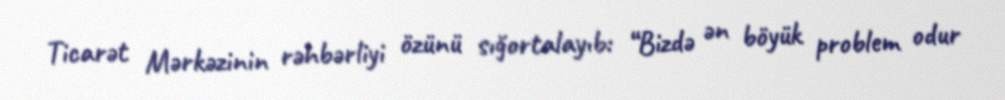
Ticarət Mərkəzinin rəhbərliyi özünü sığortalayıb: “Bizdə ən böyük problem odur